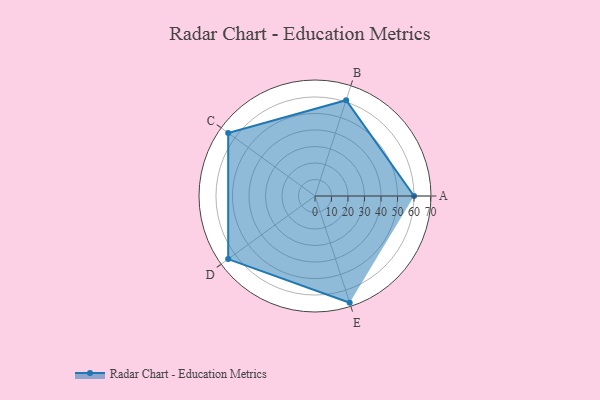
{"axis": {"x": "Skill", "y": "Score"}, "legend": ["Profile"], "data": [{"x": "A", "y": 60.0, "type": "Profile"}, {"x": "B", "y": 61.0, "type": "Profile"}, {"x": "C", "y": 65.0, "type": "Profile"}, {"x": "D", "y": 65.0, "type": "Profile"}, {"x": "E", "y": 68.0, "type": "Profile"}]}